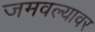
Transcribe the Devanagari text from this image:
जमवल्यावर